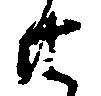
共